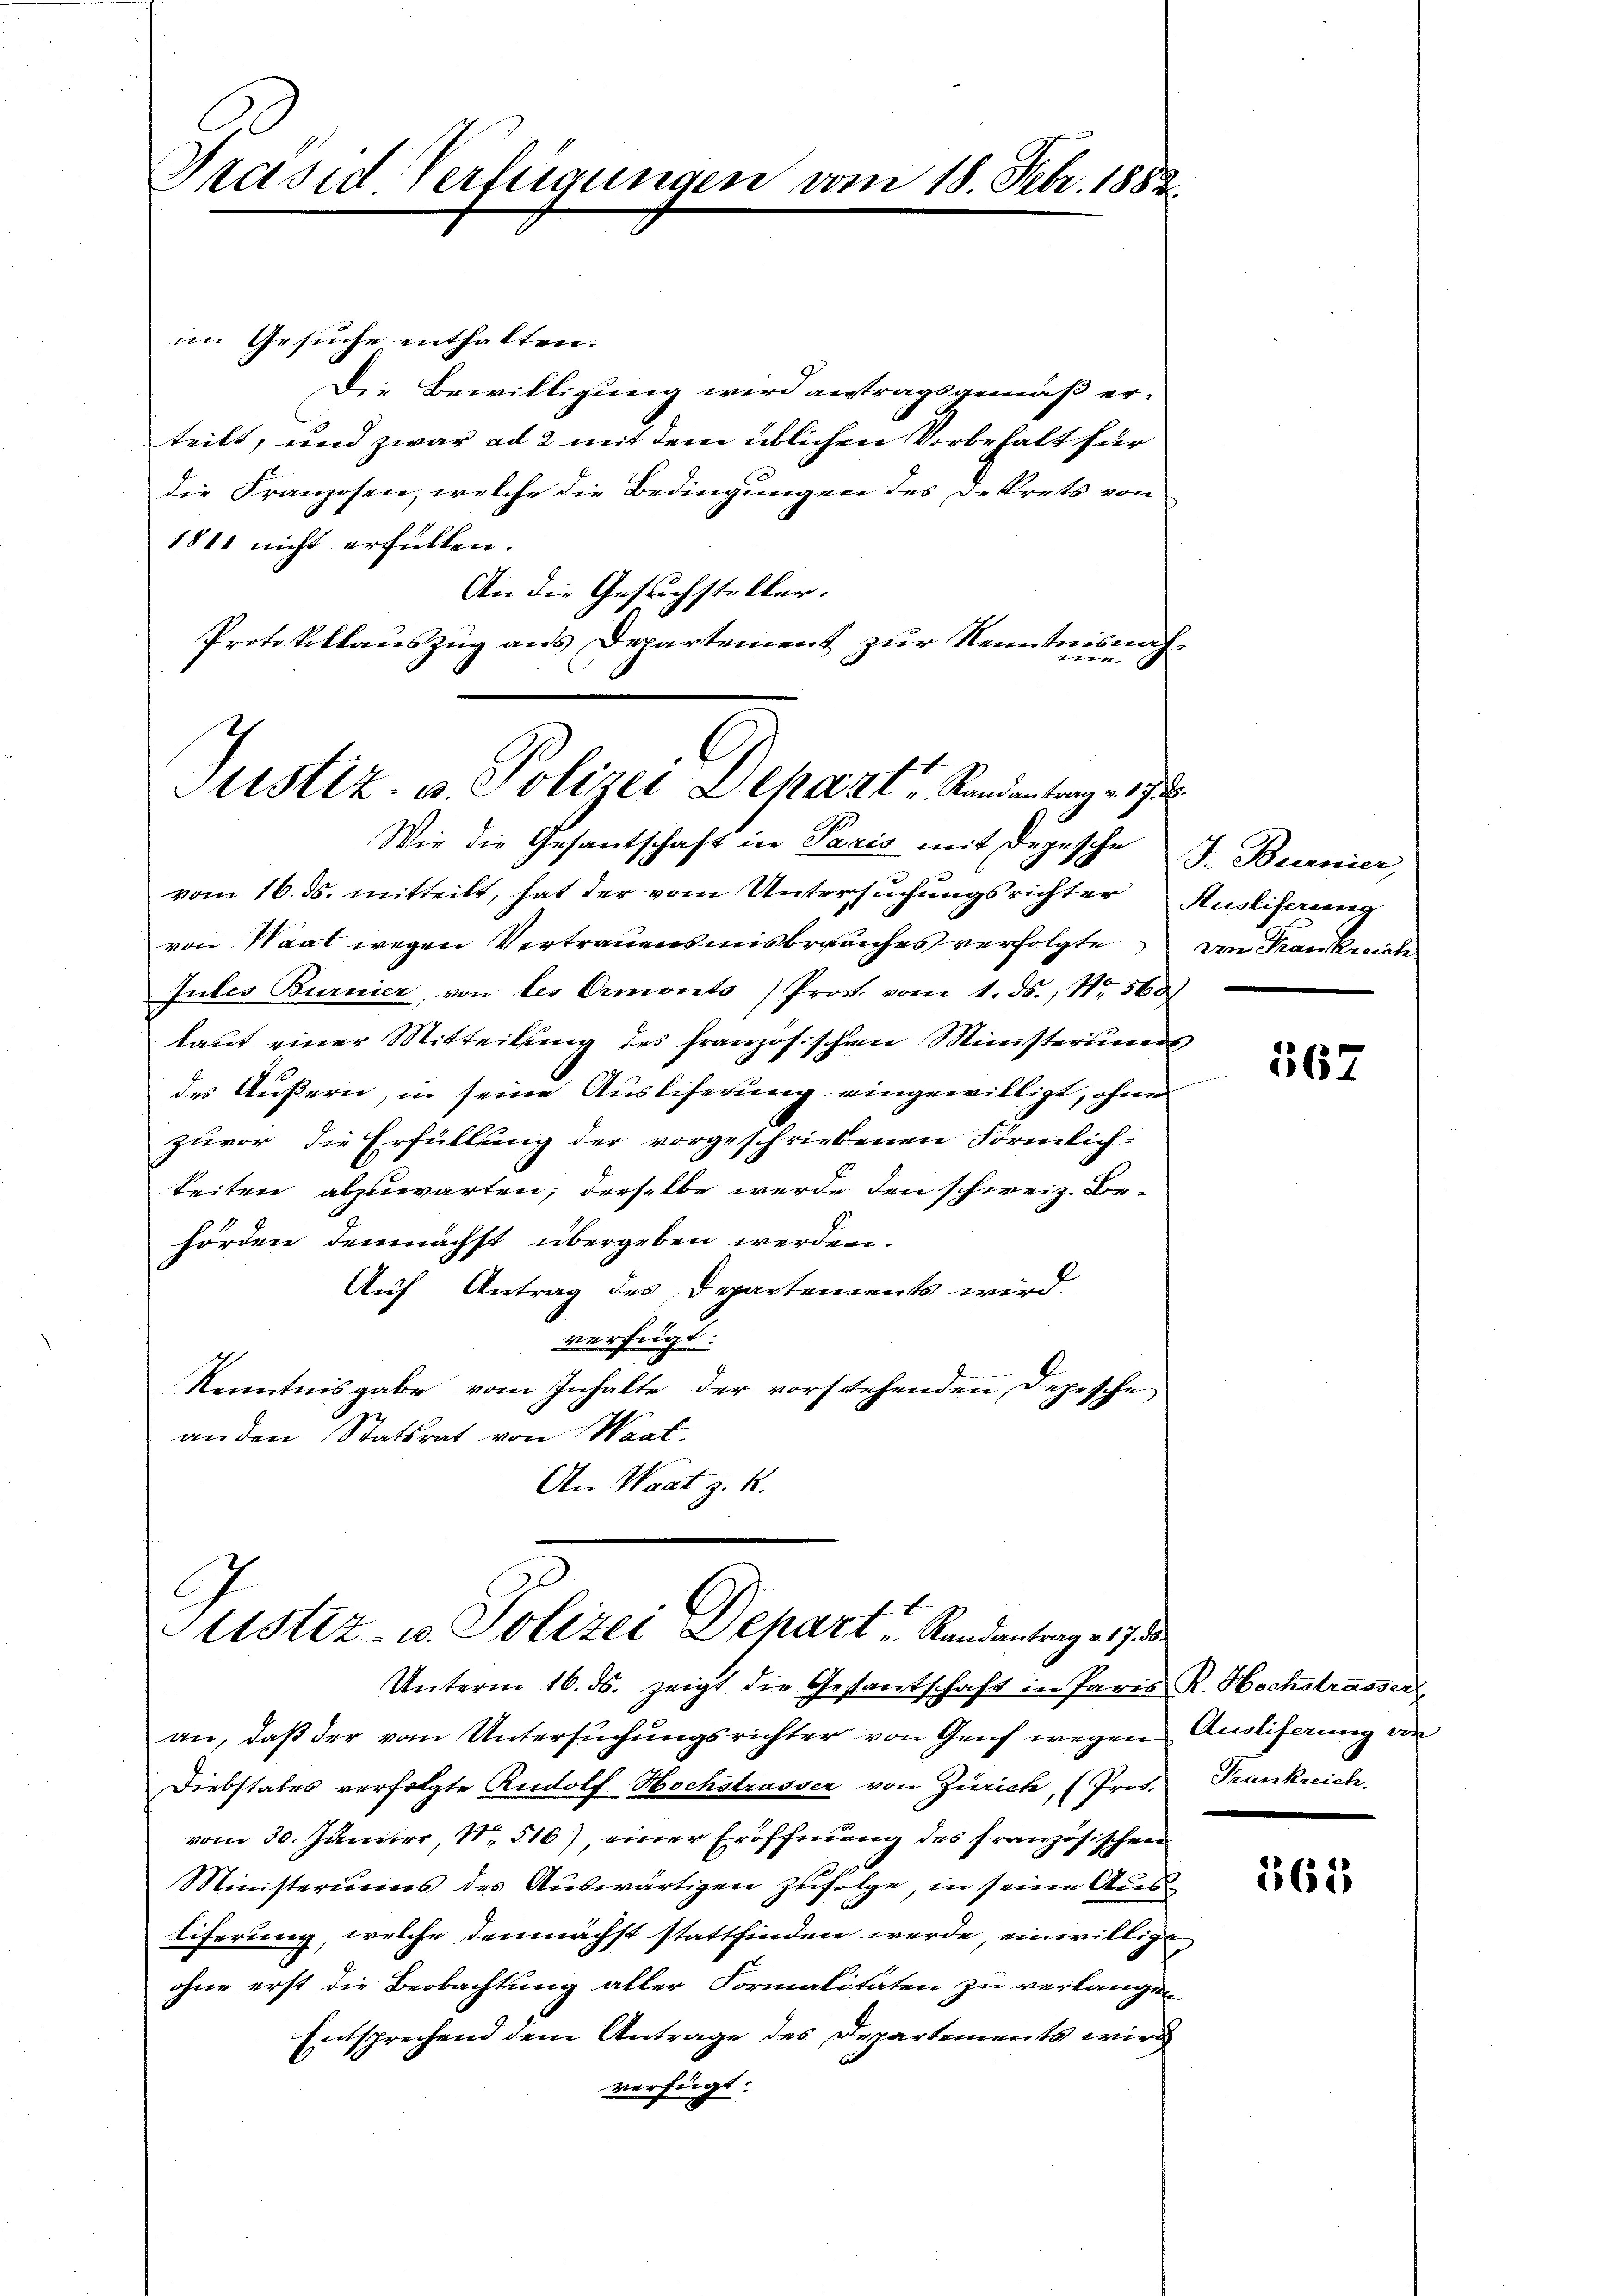
Prasie Verfügungen vom 18. Febr. 1882

im Gesuche enthalten.
Die Bewilligung wird antragsgemäß er-
teilt, und zwar ad 2 mit dem üblichen Vorbehalt für
die Franzosen, welche die Bedingungen des Dekrets von
1811 nicht erfüllen.
An die Gesuchsteller.
Protokollauszug aus Departement zur Kenntnisnat¬

Justiz- u. Polizei Deharzt u. Randantrag v. 172.

Stistiz- u. Polizei Depart Randantrag 217.
Unterm 16. ds. zeigt die Gestantschaft in Paris R. Hochstrasser,

Wie die Gesantschaft in Paris mit Depesche J. Burnier,
x
vom 16. ds. mitteilt, hat der vom Untersuchungsrichter Ausliferung
von Waat wegen Vertrauensmisbrauches verfolgte von Frankreich
Jules Burnier, von des Ormonts Prof. vom 1. ds., Nr. 568
laut einer Mitteilung des französischen Ministeriums
des Äußern, in seine Auslieferung eingewilligt, ohne
zuvor die Erfüllung der vorgeschriebenen Förmlich-
keiten abzuwarten, derselbe werde den schweiz. Behörden demnächst übergeben werden.
Auf Antrag des Departements wird.
verfügt:
Kenntnisgabe vom Inhalte der vorstehenden Depesche
anden Statsrat von Waat.
An Wart z. R.

an, daß der vom Untersuchungsrichter von Genf wegen Ausliferung von
Diebstates verfolgte Rudolf Hochstrasser von Zürich, (Prot. Frankreich.
vom 30. Jänner, Nr. 516), einer Eröffnung des französischen
Ministeriums des Aŭswärtigen zufolge, in seine Austiferung, welche demnächst stattfinden werde, einwillige
ohne erst die Beobachtung aller Formalitäten zu verlangen,
Entsprechend dem Antrage des Departements wird
verfügt:

267

561